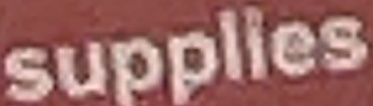
supplies